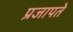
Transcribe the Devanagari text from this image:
प्रजापते